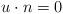
LaTeX: \begin{align*} u\cdot n = 0 \end{align*}